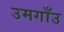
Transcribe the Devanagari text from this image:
उमगाँउ